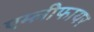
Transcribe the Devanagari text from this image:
एम्लीफायर